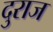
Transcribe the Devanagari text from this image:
दुराज